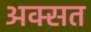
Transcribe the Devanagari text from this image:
अक्सत